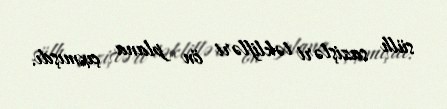
sülh sazişləri təklifləri ön plana çıxmışdı.